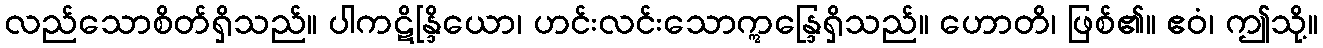
လည်သောစိတ်ရှိသည်။ ပါကဋိန္ဒြိယော၊ ဟင်းလင်းသောဣန္ဒြေရှိသည်။ ဟောတိ၊ ဖြစ်၏။ ဧဝံ၊ ဤသို့။